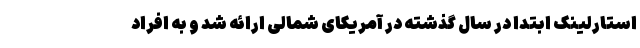
استارلینک ابتدا در سال گذشته در آمریکای شمالی ارائه شد و به افراد